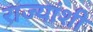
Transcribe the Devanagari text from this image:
राज्‍यांशी